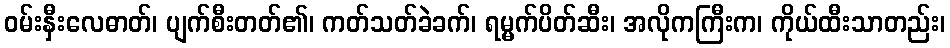
ဝမ်းနှီးလေဓာတ်၊ ပျက်စီးတတ်၏၊ ကတ်သတ်ခဲခက်၊ ရမ္မက်ပိတ်ဆီး၊ အလိုကကြီးက၊ ကိုယ်ထီးသာတည်း၊